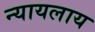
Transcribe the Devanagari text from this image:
न्यायलाय